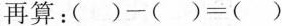
再算：$$( ) - ( ) = ( )$$